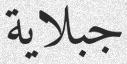
جبلاية